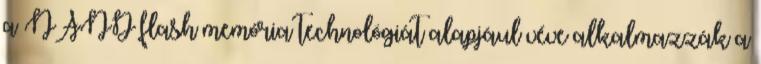
a NAND flash memória technológiát alapjául véve alkalmazzák a